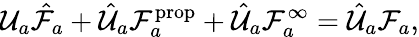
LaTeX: \mathcal{U}_{a}\hat{\mathcal{F}}_{a}+\hat{\mathcal{U}}_{a}\mathcal{F}_{a}^{\textrm{prop}}+\hat{\mathcal{U}}_{a}\mathcal{F}_{a}^{\infty}=\hat{\mathcal{U}}_{a}\mathcal{F}_{a},